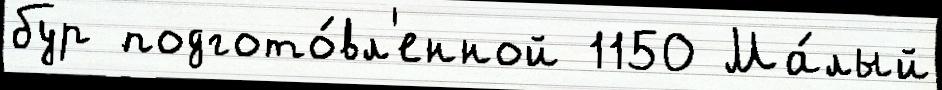
бур подгото́вл'енной 1150 Ма́лый